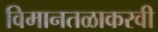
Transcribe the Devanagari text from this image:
विमानतळाकरवी